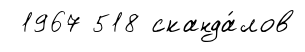
1967 518 сканда́лов